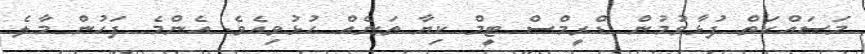
މަސަައްކަތް ފުޅާވުމުން ޑްރީމްސް ޓީމް ކިޔާ ތަނެއް ހުޅުވިއެެެވެ. އެންމެ ފަހުން މާލެ